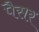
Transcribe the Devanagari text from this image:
पैसर